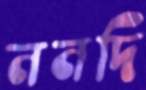
ননদি